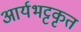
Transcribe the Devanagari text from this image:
आर्यभट्टकृत